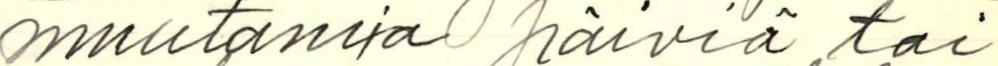
muutamia päiviä tai